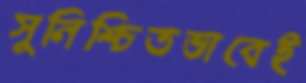
সুনিশ্চিতভাবেই